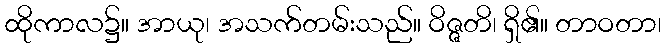
ထိုကာလ၌။ အာယု၊ အသက်တမ်းသည်။ ဝိဇ္ဇတိ၊ ရှိ၏။ တာဝတာ၊